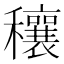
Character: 穰